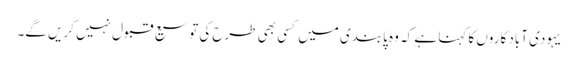
یہودی آباد کاروں کا کہنا ہے کہ وہ پابندی میں کسی بھی طرح کی توسیع قبول نہیں کریں گے۔